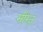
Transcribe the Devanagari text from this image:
सीरेज़